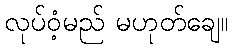
လုပ်ဝံ့မည် မဟုတ်ချေ။